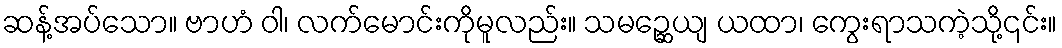
ဆန့်အပ်သော။ ဗာဟံ ဝါ၊ လက်မောင်းကိုမူလည်း။ သမဉ္ဆေယျ ယထာ၊ ကွေးရာသကဲ့သို့၎င်း။